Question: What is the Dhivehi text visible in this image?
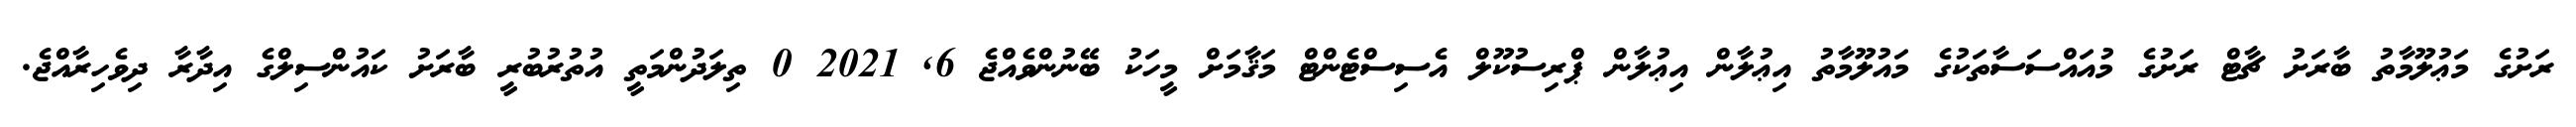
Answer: ރަށުގެ މަޢުލޫމާތު ބާރަށު ޗާޓް ރަށުގެ މުއައްސަސާތަކުގެ މައުލޫމާތު އިޢުލާން އިޢުލާން ޕްރިސުކޫލް އެސިސްޓެންޓް މަޤާމަށް މީހަކު ބޭނުންވެއްޖެ 6, 2021 0 ތިލަދުންމަތީ އުތުރުބުރީ ބާރަށު ކައުންސިލްގެ އިދާރާ ދިވެހިރާއްޖެ.